Vaccination North-Western Provinces and Oudh 1896-1901 - 1896-1901
Year: 1896
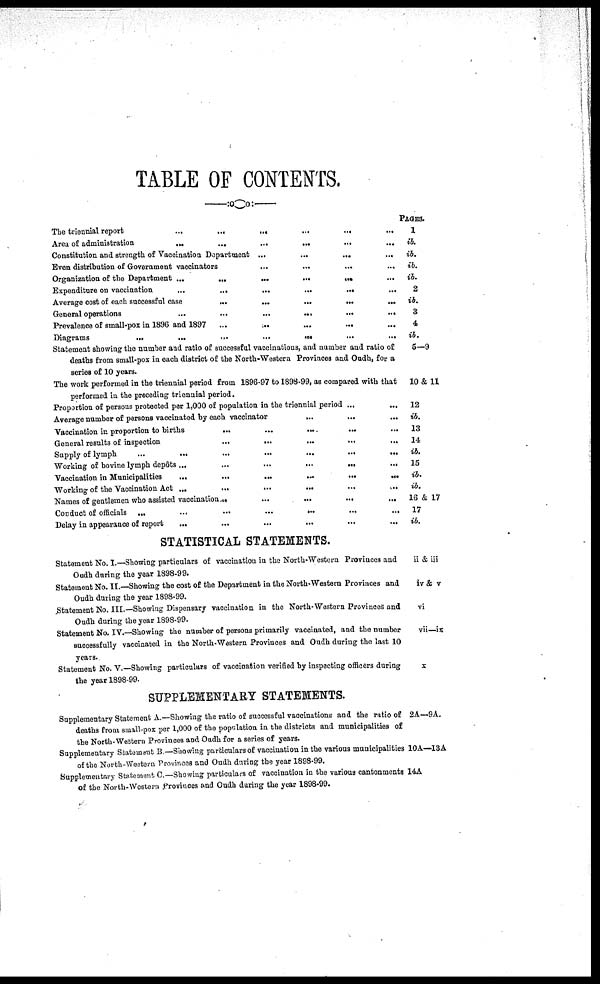
TABLE OF CONTENTS.
The triennial report
...
...
...
...
...
...
Area of administration
...
...
...
...
...
...
Constitution and strength of Vaccination Department ... ... ... ... ... ...
Even distribution of Government vaccinators ... ... ... ... ... ...
Organization of the Department
...
...
...
...
...
...
Expenditure on vaccination
...
...
...
...
...
...
Average cost of each successful case
...
...
...
...
...
...
General operations
...
...
...
...
...
...
Prevalence of small-pox in 1896 and 1897 ... ... ... ... ... ...
Diagrams
...
...
...
...
...
...
Statement showing the number and ratio of successful vaccinations, and number and ratio of
deaths from small-pox in each district of the North-Western Provinces and Oudh, for a
series of 10 years. ... ... ... ... ... ...
The work performed in the triennial period from 1896-97 to 1898-99, as compared with that
performed in the preceding triennial period. ... ... ... ... ... ...
Proportion of persons protected per 1,000 of population in the triennial period ... ... ...
Average number of persons vaccinated by each vaccinator
...
...
...
...
...
...
Vaccination in proportion to births
...
...
...
...
...
...
General results of inspection ... ... ... ... ... ...
Supply of lymph
...
...
...
...
...
...
Working of bovine lymph depôts
...
...
...
...
...
...
Vaccination in Municipalities
...
...
...
...
...
...
Working of the Vaccination Act ... ... ... ... ... ...
Names of gentlemen who assisted vaccination
...
...
...
...
...
...
Conduct of officials
...
...
...
...
...
...
Delay in appearance of report
...
...
...
...
...
...
STATISTICAL STATEMENTS.
Statement No. I.—Showing particulars of vaccination in the North-Western Provinces and
Oudh during the year 1898-99.
Statement No. II.—Showing the cost of the Department in the North-Western Provinces and
Oudh during the year 1898-99.
Statement No. III.—Showing Dispensary vaccination in the North-Western Provinces and
Oudh during the year 1898-99.
Statement No. IV.—Showing the number of persons primarily vaccinated, and the number
successfully vaccinated in the North-Western Provinces and Oudh during the last 10
years.
Statement No. V.—Showing particulars of vaccination verified by inspecting officers during
the year 1898-99.
SUPPLEMENTARY STATEMENTS.
Supplementary Statement A.—Showing the ratio of successful vaccinations and the ratio of
deaths from small-pox per 1,000 of the population in the districts and municipalities of
the North-Western Provinces and Oudh for a series of years.
Supplementary Statement B.—Showing particulars of vaccination in the various municipalities
of the North-Western Provinces and Oudh during the year 1898-99.
Supplementary Statement C.—Showing particulars of vaccination in the various cantonments
of the North-Western Provinces and Oudh during the year 1898-99.
PAGES.
1
ib.
ib.
ib.
ib.
2
ib.
3
4
ib.
5—9
10 & 11
12
ib.
13
14
ib.
15
ib.
ib.
16 & 17
17
ib.
ii & iii
iv & v
vi
vii—ix
x
2A—9A.
10A—13A
14A